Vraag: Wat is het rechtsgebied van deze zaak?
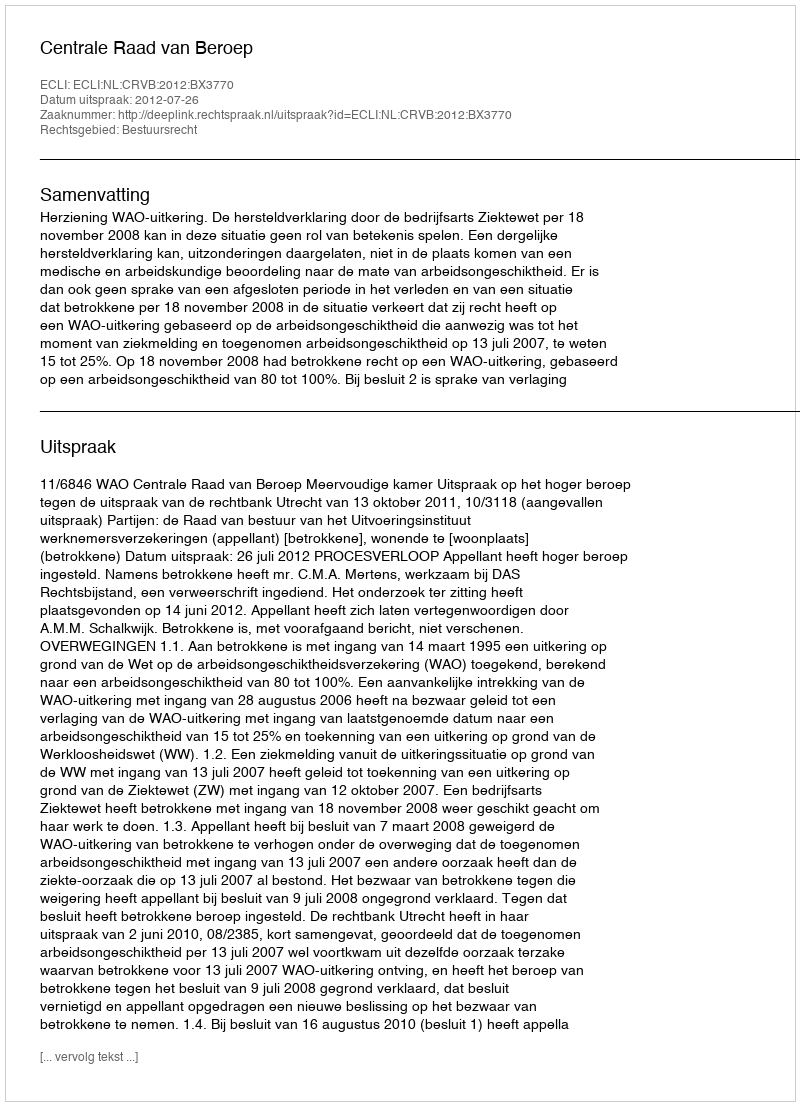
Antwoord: Bestuursrecht